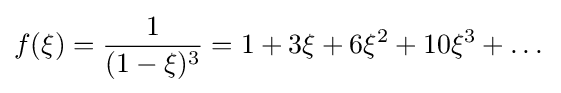
f(\xi )={\frac {1}{(1-\xi )^{3}}}=1+3\xi +6\xi ^{2}+10\xi ^{3}+\dots